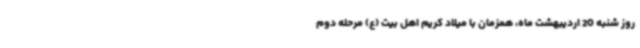
روز شنبه 20 اردیبهشت ماه، همزمان با میلاد کریم اهل بیت (ع) مرحله دوم